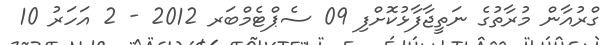
ގްރުއާން މުރާތުގެ ނަތީޖާފާޅުކޮށްފި 09 ސެޕްޓެމްބަރ 2012 - 2 އަހަރު 10